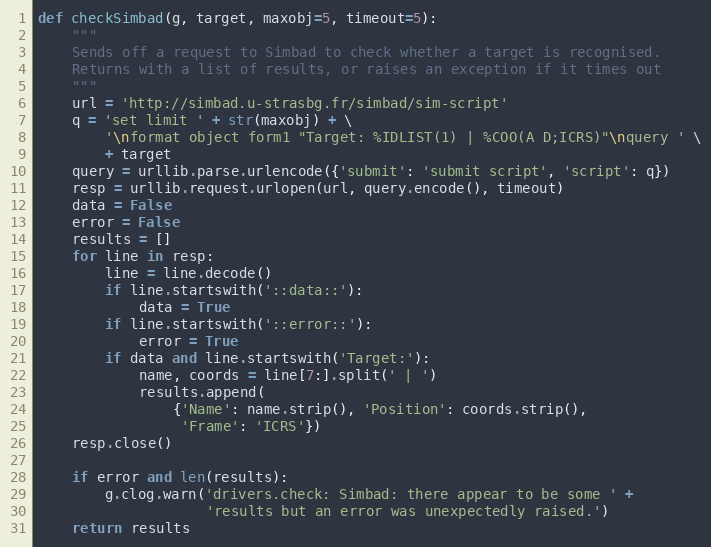
Language: Python
def checkSimbad(g, target, maxobj=5, timeout=5):
    """
    Sends off a request to Simbad to check whether a target is recognised.
    Returns with a list of results, or raises an exception if it times out
    """
    url = 'http://simbad.u-strasbg.fr/simbad/sim-script'
    q = 'set limit ' + str(maxobj) + \
        '\nformat object form1 "Target: %IDLIST(1) | %COO(A D;ICRS)"\nquery ' \
        + target
    query = urllib.parse.urlencode({'submit': 'submit script', 'script': q})
    resp = urllib.request.urlopen(url, query.encode(), timeout)
    data = False
    error = False
    results = []
    for line in resp:
        line = line.decode()
        if line.startswith('::data::'):
            data = True
        if line.startswith('::error::'):
            error = True
        if data and line.startswith('Target:'):
            name, coords = line[7:].split(' | ')
            results.append(
                {'Name': name.strip(), 'Position': coords.strip(),
                 'Frame': 'ICRS'})
    resp.close()

    if error and len(results):
        g.clog.warn('drivers.check: Simbad: there appear to be some ' +
                    'results but an error was unexpectedly raised.')
    return results